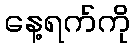
နေ့ရက်ကို